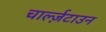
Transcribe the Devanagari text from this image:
चार्ल्ज़टाउन